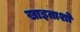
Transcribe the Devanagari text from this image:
खाइताशो